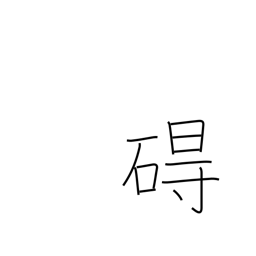
Meaning: obstacle